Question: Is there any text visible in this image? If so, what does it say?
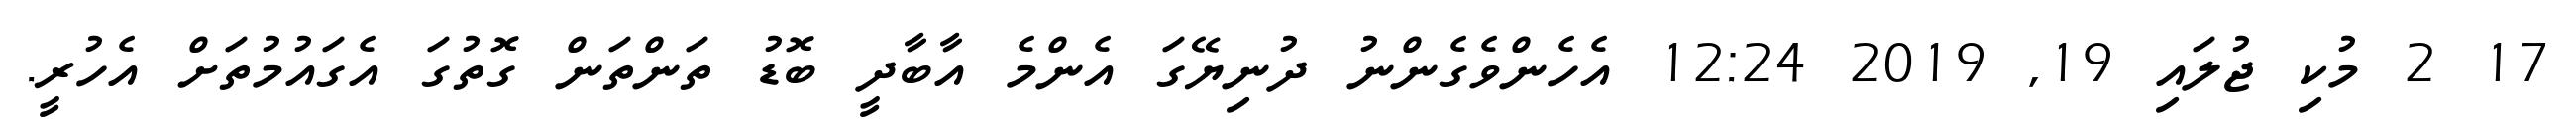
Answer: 17 2 މުކި ޖުލައި 19, 2019 12:24 އެހެންވެގެންނު ދުނިޔޭގަ އެންމެ އާބާދީ ބޮޑު ތަންތަން ގޮތުގަ އެގައުމުތަށް އެހުރީ.